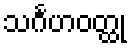
သင်္ဂဟဝတ္ထု